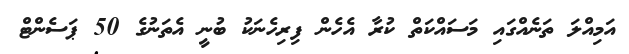
އަމިއްލަ ތަނެއްގައި މަސައްކަތް ކުރާ އެހެން ފިރިހެނަކު ބުނީ އެތަނުގެ 50 ޕަސެންޓް